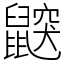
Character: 鼵